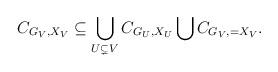
LaTeX: \begin{align*}C_{G_V,X_V} \subseteq \bigcup_{U \subsetneq V}C_{G_U,X_U}\bigcup C_{G_V,=X_V}.\end{align*}